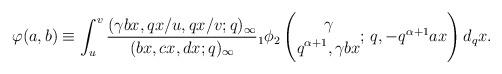
LaTeX: \begin{align*}\varphi(a,b)\equiv \int_u^v \frac{ (\gamma bx,qx/u,qx/v;q)_{\infty} }{ (bx,cx,dx;q)_{\infty} } {}_1\phi_2\left(\begin{gathered} \gamma \\ q^{ \alpha+1 }, \gamma bx \end{gathered};\,q, -q^{\alpha+1} ax \right) d_qx.\end{align*}